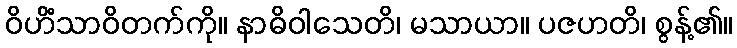
ဝိဟိံသာဝိတက်ကို။ နာဓိဝါသေတိ၊ မသာယာ။ ပဇဟတိ၊ စွန့်၏။